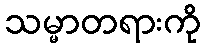
သမ္မာတရားကို